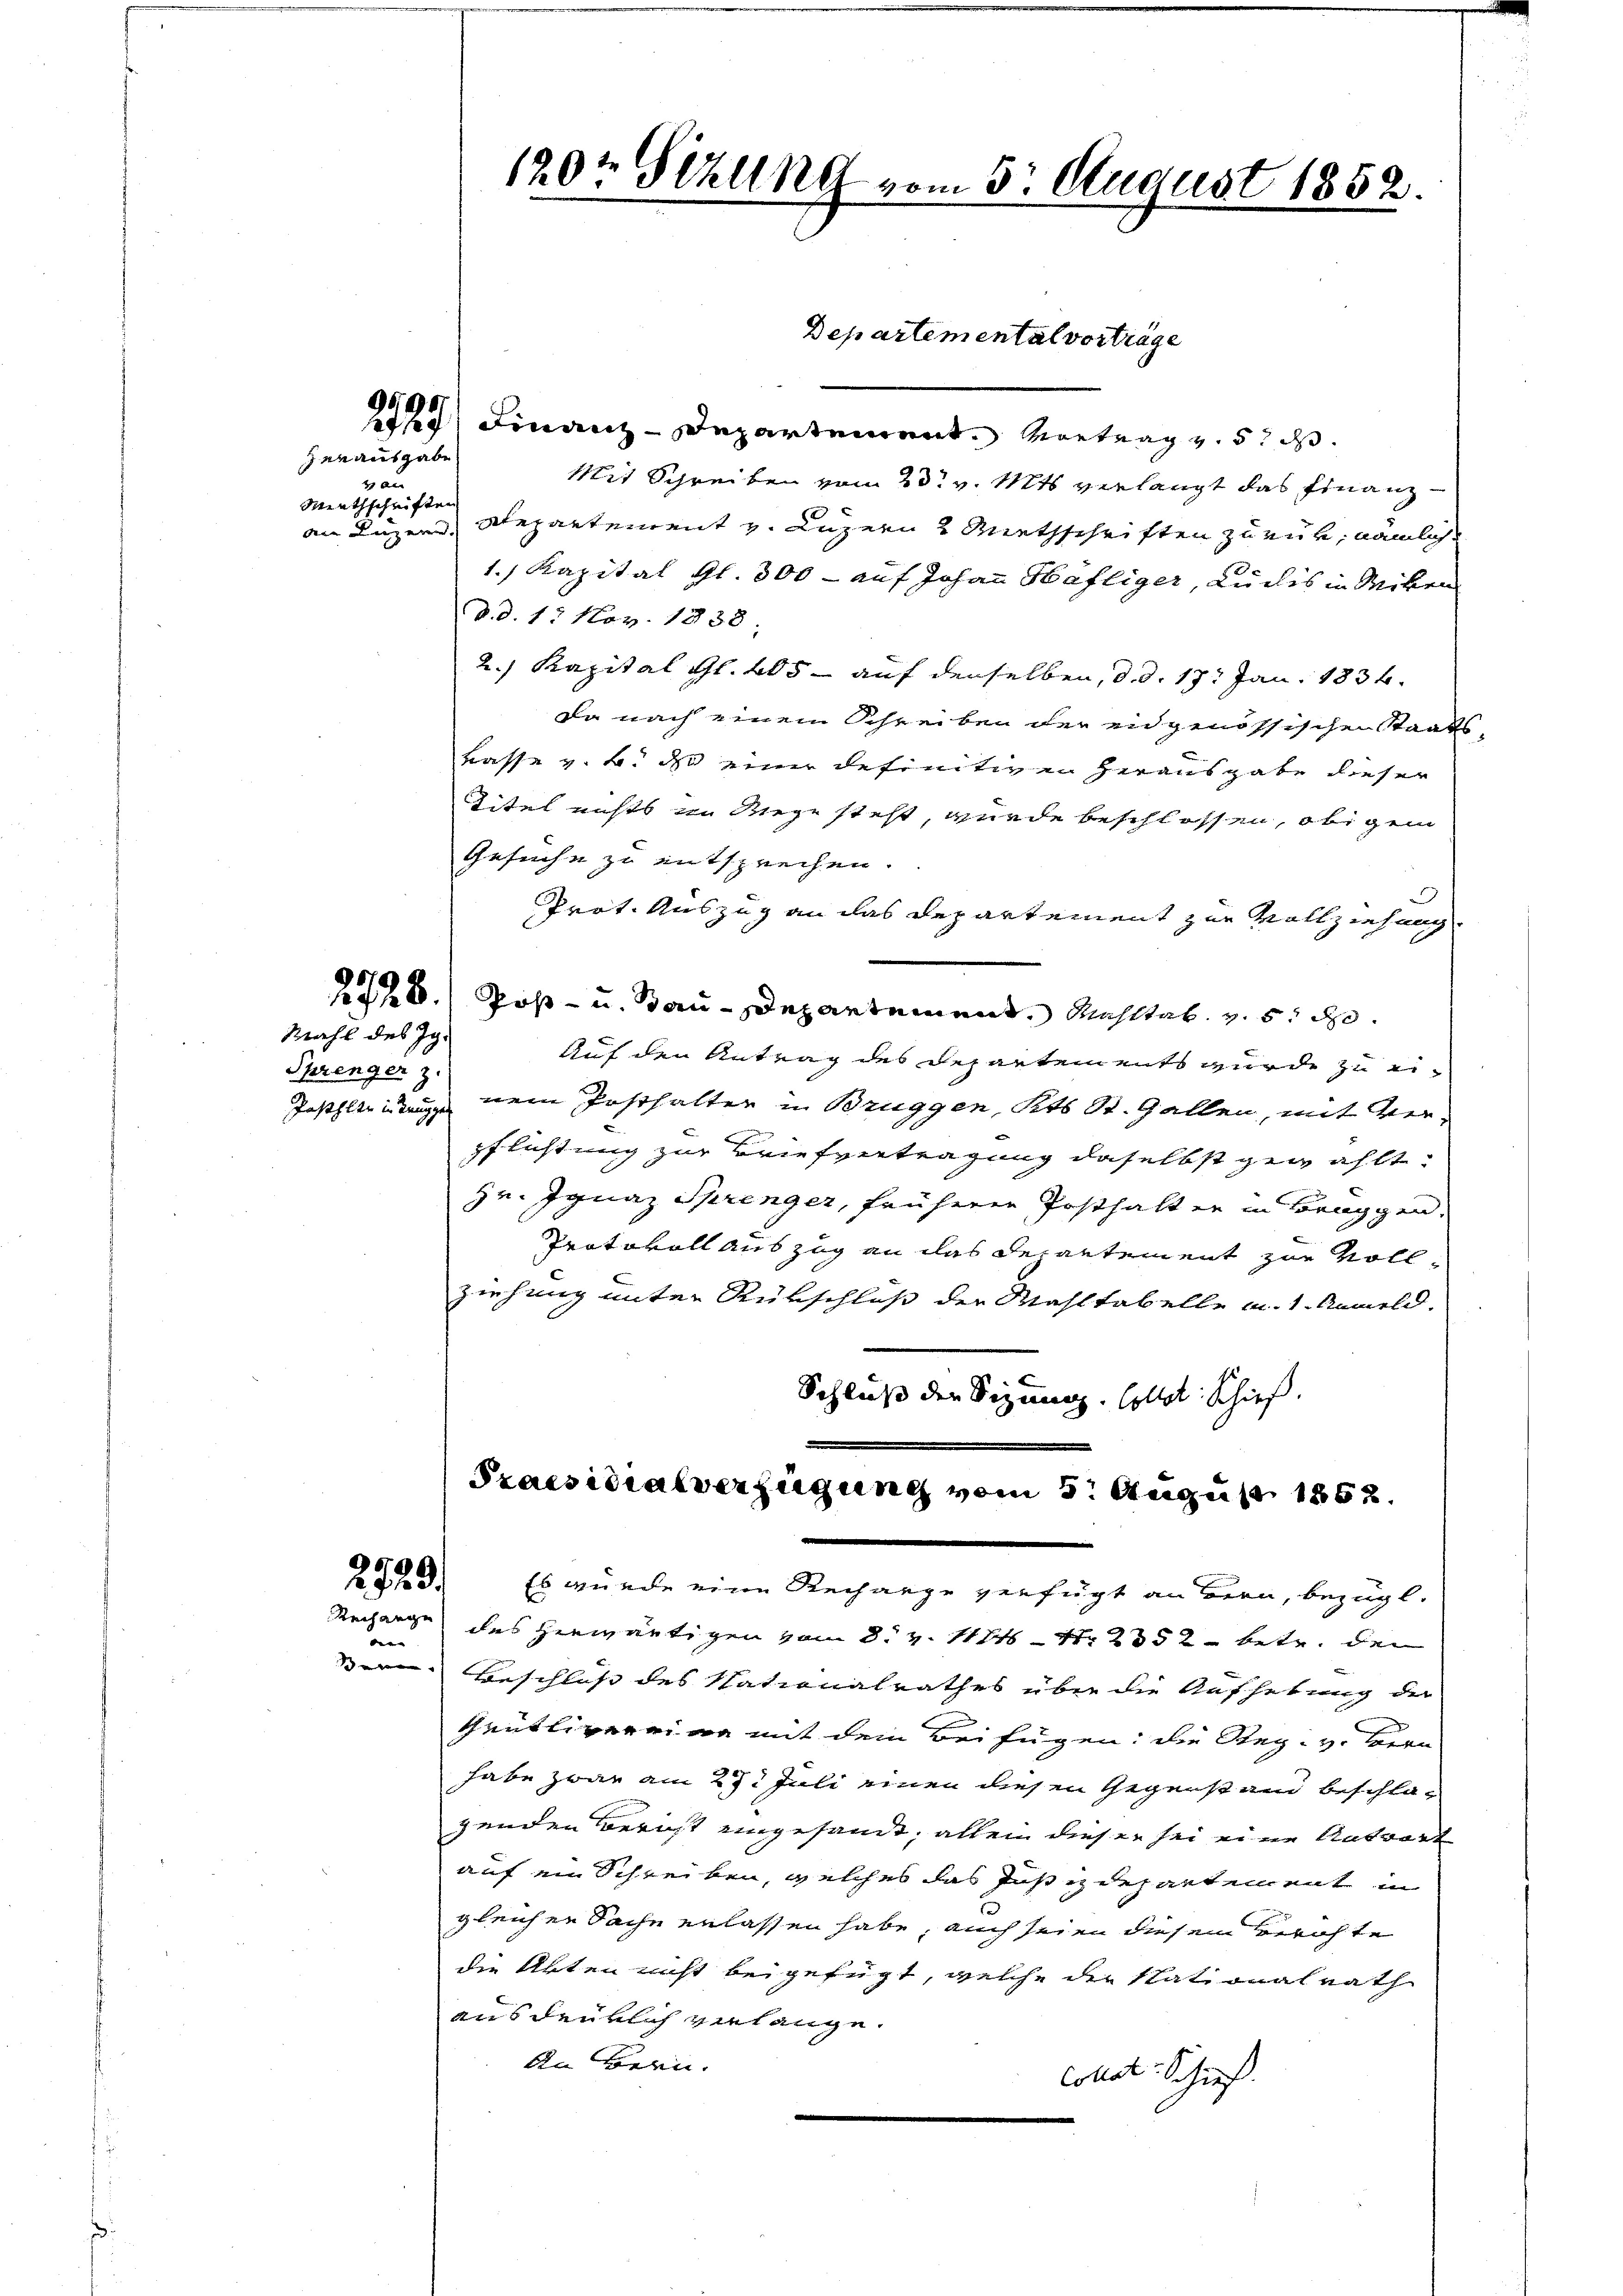
rau
Minthschriften
an Luzern.

9591
zen ausgabe

Mahl des Ig¬
Sprenger z.

2729.
Rechange

120t Sekung vom 5. August 1852.

e Finanz-Departement. Vortrag u. 5 d
Mit Schreiben vom 23t v. Mts. verlangt das Finanz¬
Repartement v. Luzern 2 Miethschriften zu mir, nämlich
1. Kapital Gl. 300 - auf Johann Häfliger, Ludis in Seiten
d.d. 1. Nov. 1838.
2.) Kapital Gl. 405 - auf denselben, d. d. 17. Jan. 1834.
da nach einem Schreiben der eidgenössischen Staats¬
Lasse v. B. da einer definitiven Herausgabe dieser
Titel nichts im Wege steht, wurde beschlossen, obigem
Gesuche zu entsprechen.
Prot. Auszug an das Departement zur Vollziehung
228. Post- u. Bau-Departement, Mahltat. v. 5. d.
Auf den Antrag des Departements wurde zu ei¬
Jastleitung nein Posthalter in Bruggen, Kts St. Gallen, mit Verpflichtung zur Briefvertragung daselbst gewählt.
zr. Ignaz Sprenger, früheren Posthalt er in Bruggen,
Protokoll auszug an das Departement zur Vollziehung unter Rükschluss der Wahltabelle m. 1. Anmeld
Schluß den Sizung. Collet Schief
Praesidialverfügung vom 5. August 1852.

des herwärtigen von 8. v. 11811. 2352 betr. den
Beschluß des Nationalrathes über die Aufhebung der
Geütlivereine mit dem Beifügen: die Reg. v. Bern
habe zwar am 27. Juli einen diesen Gegenstand beschlagenden Bericht eingesandt, allein dieser sei eine Antwort
auf ein Schreiben, welches das Justizdepartement in
gleichen Sache erlassen habe, auch seien diesen Berichte
die Akten nicht beigefügt, welche der Stationalrath
ausdrüklich verlange.
An Bern.
Collet. Schieß

Departemental vorträge

Es wurde eine Rechange verfügt an Bern, bezügl.